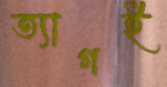
ত্যাগই